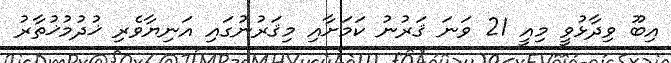
އިބޫ ވިދާޅުވީ މިއީ 21 ވަނަ ޤަރުނު ކަމަށާއި މިޤަރުނުގައި އަނިޔާވެރި ޚުދުމުޚުތާރު